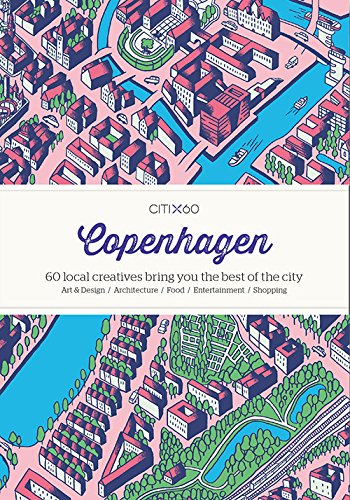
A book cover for Citix60 - Copenhagen: 60 Creatives Show You the Best of the City; Viction Workshop; Travel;